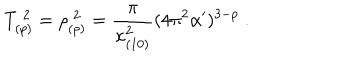
T _ { ( p ) } ^ { \; 2 } = \rho _ { ( p ) } ^ { \; 2 } = \frac { \pi } { \kappa _ { ( 1 0 ) } ^ { 2 } } ( 4 \pi ^ { 2 } \alpha ^ { \prime } ) ^ { 3 - p } \ .